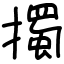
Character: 擉